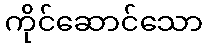
ကိုင်ဆောင်သော